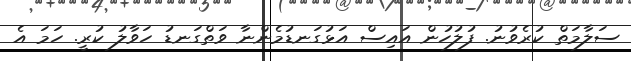
ސަލާމަތް ކުރެވުނު. ފުލުހުން އައިސް އަޅުގަނޑުމެންނާ ވަތްގަނޑު ހަވާލު ކުރީ. ހަމަ އެ